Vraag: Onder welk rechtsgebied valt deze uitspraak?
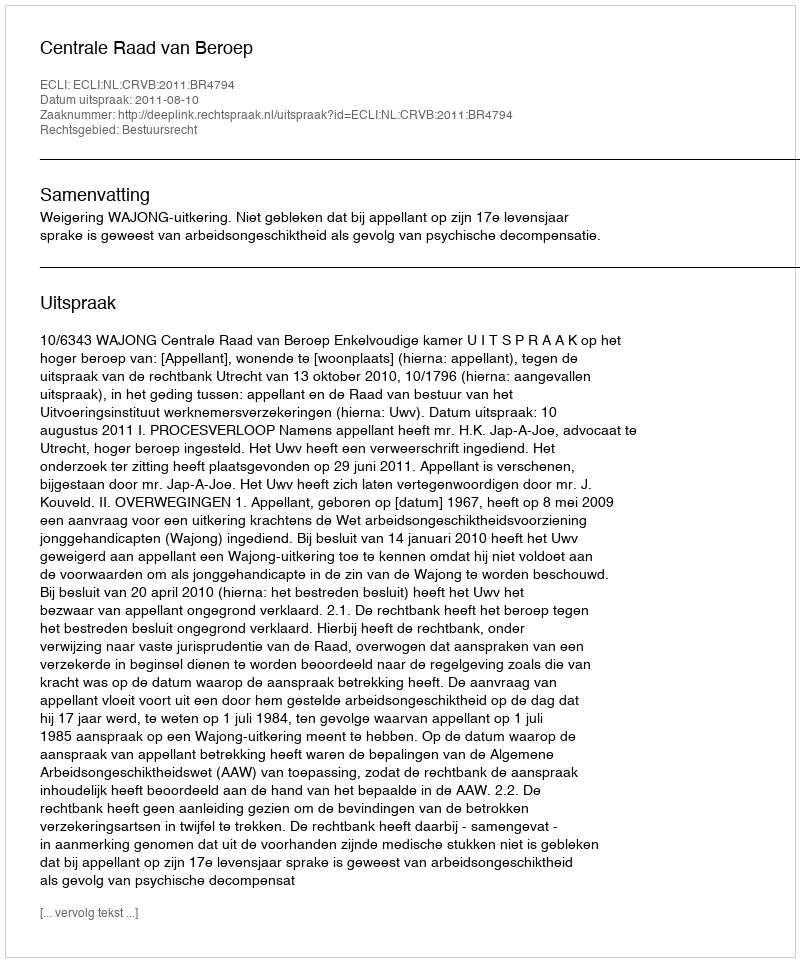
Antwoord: Bestuursrecht